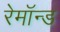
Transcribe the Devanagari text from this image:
रेमॉन्ड